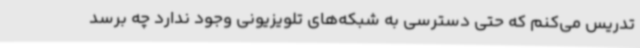
تدریس می‌کنم که حتی دسترسی به شبکه‌های تلویزیونی وجود ندارد چه برسد